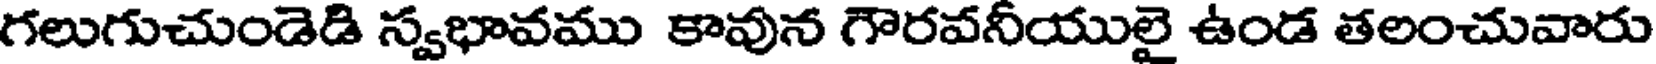
గలుగుచుండెడి స్వభావము కావున గౌరవనీయులై ఉండ తలంచువారు